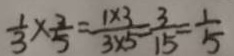
\frac { 1 } { 3 } \times \frac { 3 } { 5 } = \frac { 1 \times 3 } { 3 \times 5 } = \frac { 3 } { 1 5 } = \frac { 1 } { 5 }